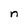
Character: n